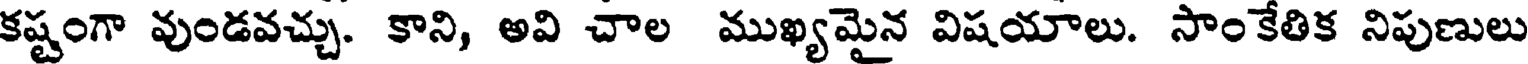
కష్టంగా వుండవచ్చు. కాని, అవి చాల ముఖ్యమైన విషయాలు. సాంకేతిక నిపుణులు